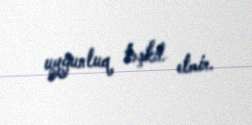
uyğunluq təşkil etmir.